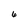
Character: 6